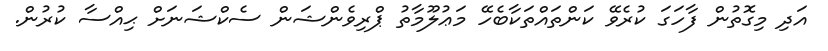
އަދި މިގޮތުން ފާހަގަ ކުރެވޭ ކަންތައްތަކާބެހޭ މަޢުލޫމާތު ޕްރިވެންޝަން ސެކްޝަނަށް ޙިއްސާ ކުރުން.